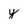
Character: y